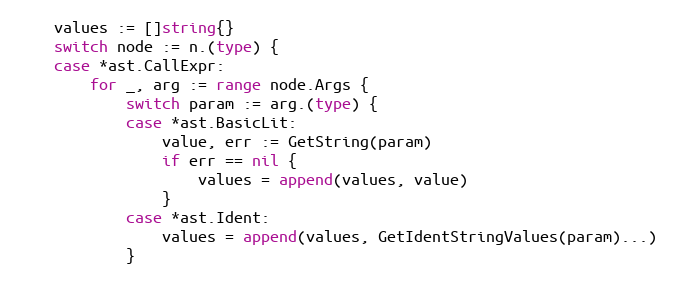
Language: Go
	values := []string{}
	switch node := n.(type) {
	case *ast.CallExpr:
		for _, arg := range node.Args {
			switch param := arg.(type) {
			case *ast.BasicLit:
				value, err := GetString(param)
				if err == nil {
					values = append(values, value)
				}
			case *ast.Ident:
				values = append(values, GetIdentStringValues(param)...)
			}